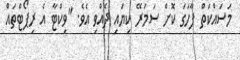
މަސައްކަތް ފާހަގަ ކޮށް ސަމަރޭ ކިޔައި ދެއްވި އެވެ. "ވިކްޓާ އެ ރިޕޯޓްތައް